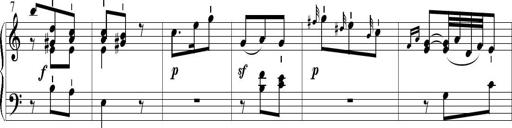
Title: 6 Leichte Sonatinen, Teil 1
Composer: F. Sigismund Sander